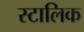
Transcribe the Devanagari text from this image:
स्टालिक